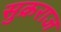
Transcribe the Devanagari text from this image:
सुक्रराज